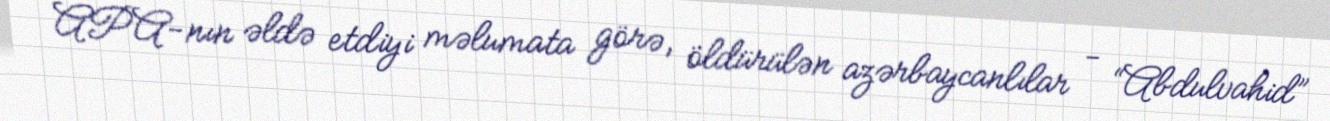
APA-nın əldə etdiyi məlumata görə, öldürülən azərbaycanlılar - “Abdulvahid”